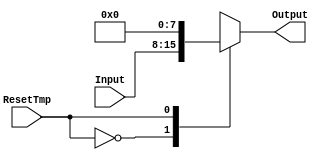
module Mux1To3 #(parameter N = 8)
  (Input, ResetTmp, Output);
  input [N - 1:0] Input;
    input ResetTmp;
  output reg [N - 1:0] Output;

    always @(*) begin
        case(ResetTmp)
            0: Output = Input;
            1: Output = 8'b0;
        endcase
    end
endmodule